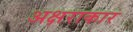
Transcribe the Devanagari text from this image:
अक्षराकार